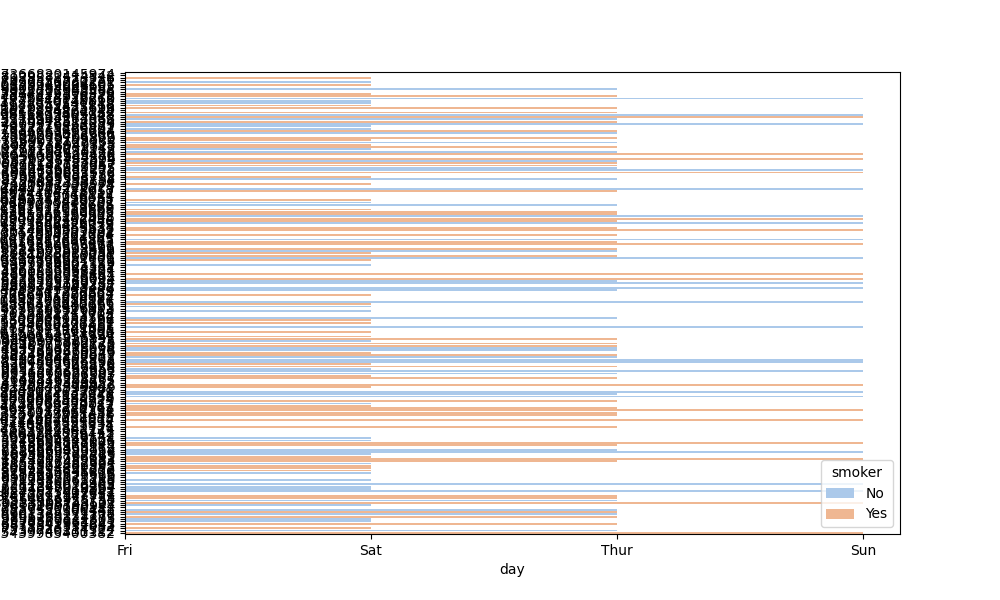
python, seaborn, barplot, hue='smoker', palette='pastel', ci=None, orient='h'